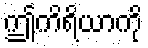
ဤကိရိယာကို